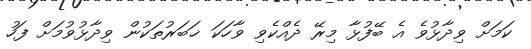
ކަމަށް ވިދާޅުވެ އެ ބޭފުޅާ މިރޭ ދެއްކެވި ވާހަކަ ޚަބަރުތަކުން ވިދާޅުވުމަށް ފަހު